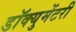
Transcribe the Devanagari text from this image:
डॉक्‍युमेंटरी